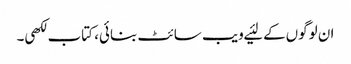
ان لوگوں‌کے لئیے ویب سائٹ بنائی، کتاب لکھی۔